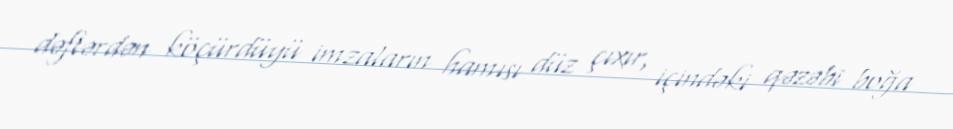
dəftərdən köçürdüyü imzaların hamısı düz çıxır, içindəki qəzəbi boğa